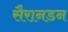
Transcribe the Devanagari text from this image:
सैरानडन